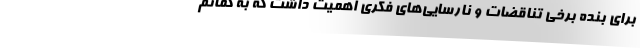
برای بنده برخی تناقضات و نارسایی‌های فکری اهمیت داشت که به گمانم